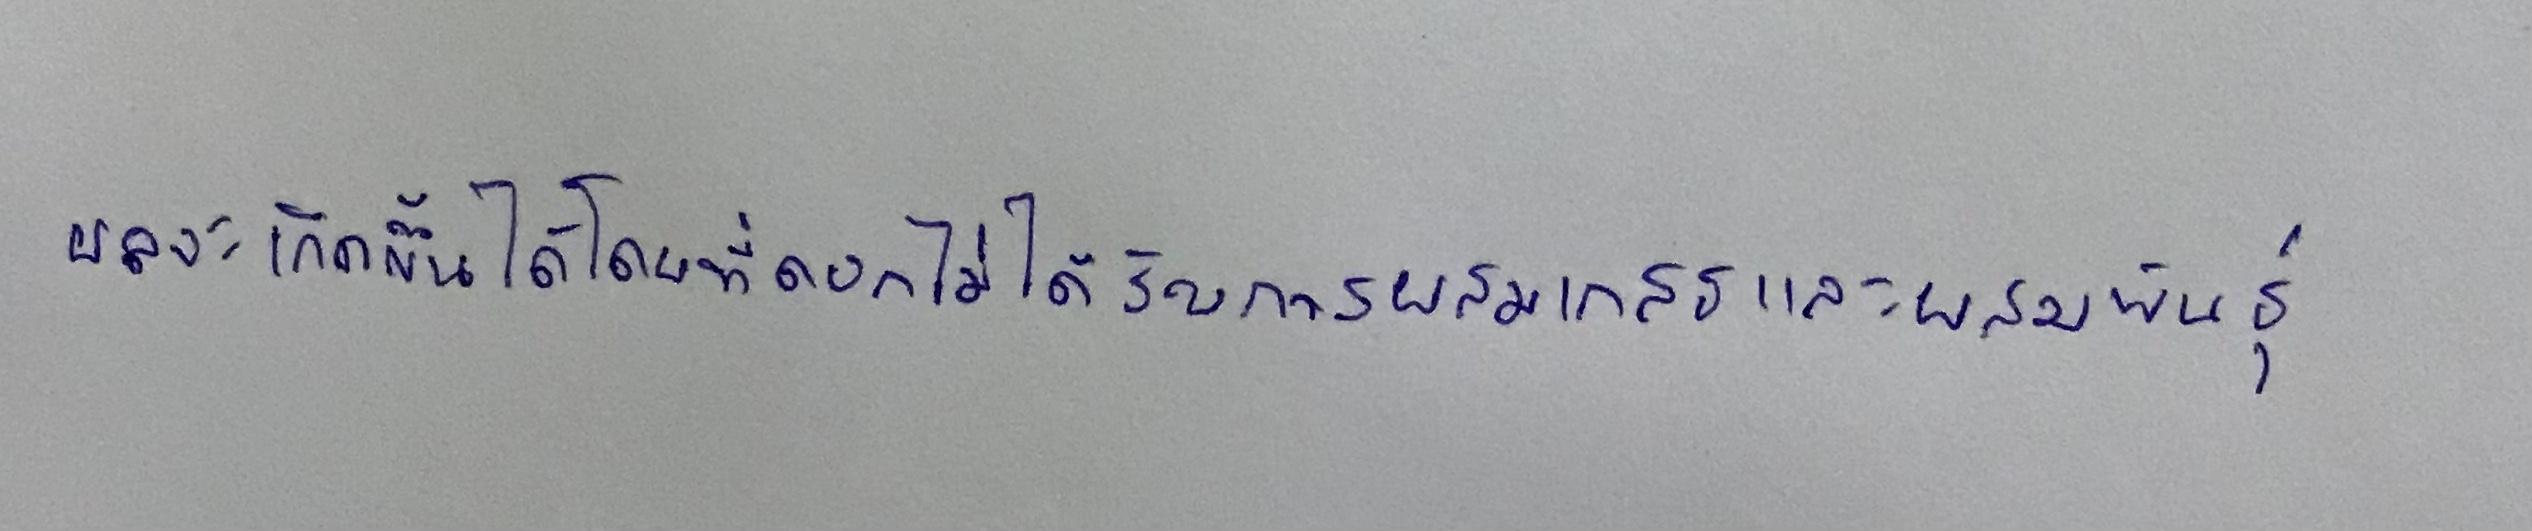
ผลจะเกิดขึ้นได้โดยที่ดอกไม่ได้รับทั้งการผสมเกสรและผสมพันธุ์